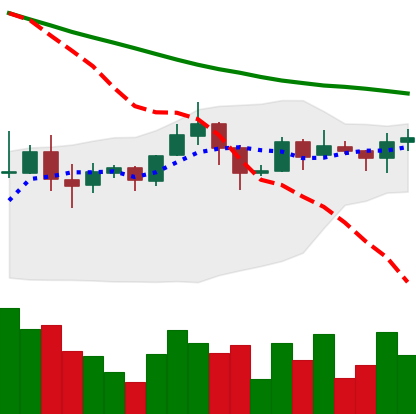
Ticker: ADA-USD
Chart end date: 2019-11-16
Forward return: -13.054%
Label: down_7plus